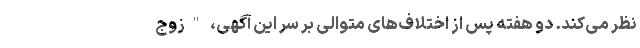
نظر می‌کند. دو هفته پس از اختلاف‌های متوالی بر سر این آگهی، "زوج